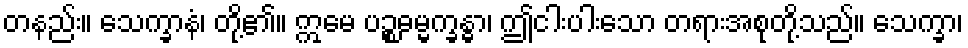
တနည်း။ သေက္ခာနံ၊ တို့၏။ ဣမေ ပဉ္စဓမ္မက္ခန္ဓာ၊ ဤငါးပါးသော တရားအစုတို့သည်။ သေက္ခာ၊